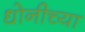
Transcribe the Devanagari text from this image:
धोनीच्या